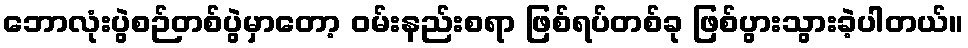
ဘောလုံးပွဲစဉ်တစ်ပွဲမှာတော့ ဝမ်းနည်းစရာ ဖြစ်ရပ်တစ်ခု ဖြစ်ပွားသွားခဲ့ပါတယ်။